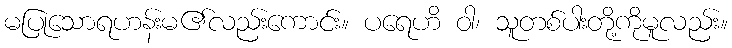
မပြုသောရဟန်းမ၏လည်းကောင်း။ ပရေဟိ ဝါ၊ သူတစ်ပါးတို့ကိုမူလည်း။